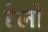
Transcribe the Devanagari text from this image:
रेलो